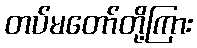
တပ်မတော်တို့ကြား